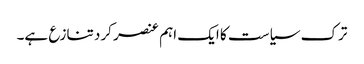
ترک سیاست کا ایک اہم عنصر کرد تنازع ہے۔